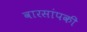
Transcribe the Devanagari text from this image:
वारसांपकी